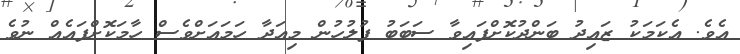
އެވެ. އެކަމަކު ޒައިދު ބަންދުކޮށްފައިވާ ސަބަބު ފުލުހުން މިއަދާ ހަމައަށްވެސް ހާމަކޮށްފައެއް ނުވެ